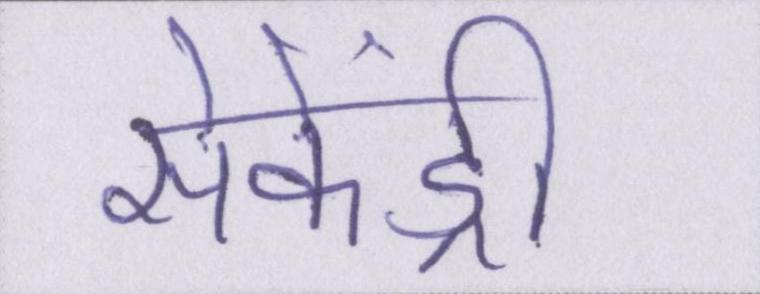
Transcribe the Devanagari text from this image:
सेकेंड्री